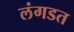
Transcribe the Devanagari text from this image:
लंगडत